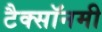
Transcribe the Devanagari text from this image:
टैक्सॉनमी